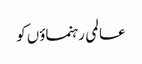
عالمی رہنماؤں کو